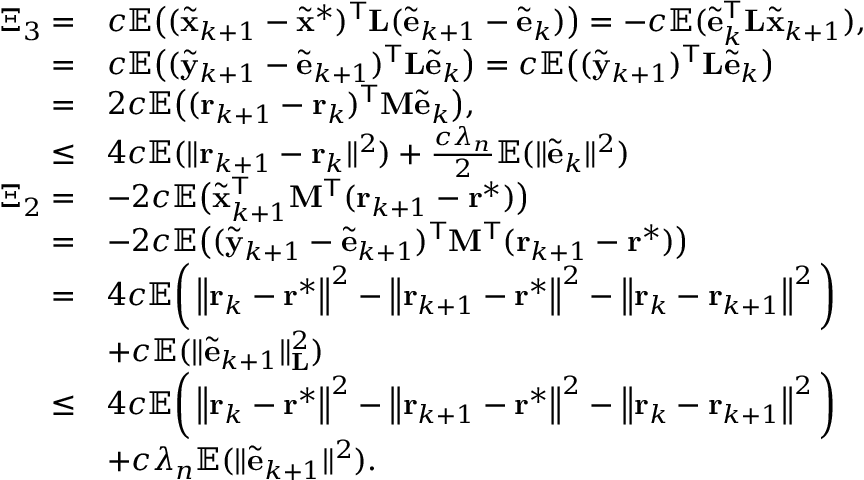
\begin{array} { r l } { \Xi _ { 3 } = } & { c \mathbb { E } \big ( ( \tilde { \mathbf { x } } _ { k + 1 } - \tilde { \mathbf { x } } ^ { \ast } ) ^ { \mathsf { T } } \mathbf { L } ( \tilde { \mathbf { e } } _ { k + 1 } - \tilde { \mathbf { e } } _ { k } ) \big ) = - c \mathbb { E } ( \tilde { \mathbf { e } } _ { k } ^ { \mathsf { T } } \mathbf { L } \tilde { \mathbf { x } } _ { k + 1 } ) , } \\ { = } & { c \mathbb { E } \big ( ( \tilde { \mathbf { y } } _ { k + 1 } - \tilde { \mathbf { e } } _ { k + 1 } ) ^ { \mathsf { T } } \mathbf { L } \tilde { \mathbf { e } } _ { k } \big ) = c \mathbb { E } \big ( ( \tilde { \mathbf { y } } _ { k + 1 } ) ^ { \mathsf { T } } \mathbf { L } \tilde { \mathbf { e } } _ { k } \big ) } \\ { = } & { 2 c \mathbb { E } \big ( ( \mathbf { r } _ { k + 1 } - \mathbf { r } _ { k } ) ^ { \mathsf { T } } \mathbf { M } \tilde { \mathbf { e } } _ { k } \big ) , } \\ { \leq } & { 4 c \mathbb { E } ( \| \mathbf { r } _ { k + 1 } - \mathbf { r } _ { k } \| ^ { 2 } ) + \frac { c \lambda _ { n } } { 2 } \mathbb { E } ( \| \tilde { \mathbf { e } } _ { k } \| ^ { 2 } ) } \\ { \Xi _ { 2 } = } & { - 2 c \mathbb { E } \big ( \tilde { \mathbf { x } } _ { k + 1 } ^ { \mathsf { T } } \mathbf { M } ^ { \mathsf { T } } ( \mathbf { r } _ { k + 1 } - \mathbf { r } ^ { * } ) \big ) } \\ { = } & { - 2 c \mathbb { E } \big ( ( \tilde { \mathbf { y } } _ { k + 1 } - \tilde { \mathbf { e } } _ { k + 1 } ) ^ { \mathsf { T } } \mathbf { M } ^ { \mathsf { T } } ( \mathbf { r } _ { k + 1 } - \mathbf { r } ^ { * } ) \big ) } \\ { = } & { 4 c \mathbb { E } \bigg ( \left\| \mathbf { r } _ { k } - \mathbf { r } ^ { * } \right\| ^ { 2 } - \left\| \mathbf { r } _ { k + 1 } - \mathbf { r } ^ { * } \right\| ^ { 2 } - \left\| \mathbf { r } _ { k } - \mathbf { r } _ { k + 1 } \right\| ^ { 2 } \bigg ) } \\ { } & { + c \mathbb { E } ( \| \tilde { \mathbf { e } } _ { k + 1 } \| _ { \mathbf { L } } ^ { 2 } ) } \\ { \leq } & { 4 c \mathbb { E } \bigg ( \left\| \mathbf { r } _ { k } - \mathbf { r } ^ { * } \right\| ^ { 2 } - \left\| \mathbf { r } _ { k + 1 } - \mathbf { r } ^ { * } \right\| ^ { 2 } - \left\| \mathbf { r } _ { k } - \mathbf { r } _ { k + 1 } \right\| ^ { 2 } \bigg ) } \\ & { + c \lambda _ { n } \mathbb { E } ( \| \tilde { \mathbf { e } } _ { k + 1 } \| ^ { 2 } ) . } \end{array}